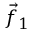
{ \vec { f } } _ { 1 }